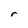
Character: r